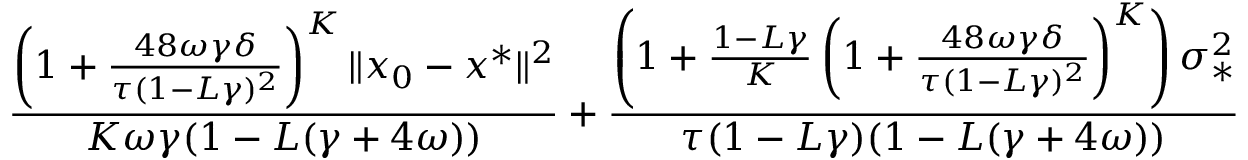
\frac { \left( 1 + \frac { 4 8 \omega \gamma \delta } { \tau ( 1 - L \gamma ) ^ { 2 } } \right) ^ { K } \| x _ { 0 } - x ^ { * } \| ^ { 2 } } { K \omega \gamma ( 1 - L ( \gamma + 4 \omega ) ) } + \frac { \left( 1 + \frac { 1 - L \gamma } { K } \left( 1 + \frac { 4 8 \omega \gamma \delta } { \tau ( 1 - L \gamma ) ^ { 2 } } \right) ^ { K } \right) \sigma _ { * } ^ { 2 } } { \tau ( 1 - L \gamma ) ( 1 - L ( \gamma + 4 \omega ) ) }